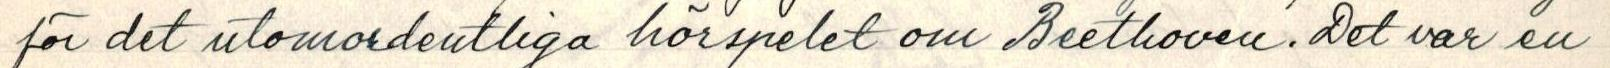
för det utomordentliga hörspelet om Beethoven. Det var en